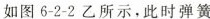
如图6-2-2乙所示，此时弹簧